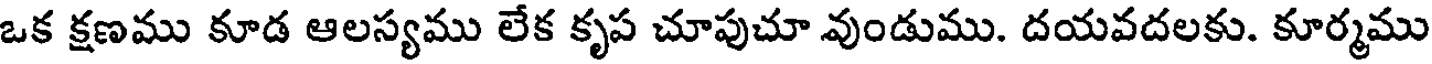
ఒక క్షణము కూడ ఆలస్యము లేక కృప చూపుచూ వుండుము. దయవదలకు. కూర్మము